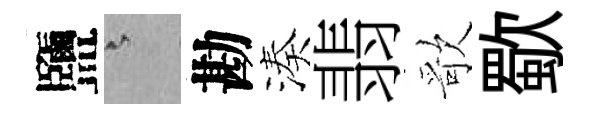
鹽澹勘湊翡歌歜